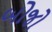
બોજો